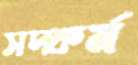
সদ্কর্ম